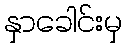
နှာခေါင်းမှ